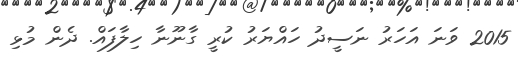
2015 ވަނަ އަހަރު ނަސީދު ހައްޔަރު ކުރީ ގާނޫނާ ހިލާފައް. ދެން މުޅި